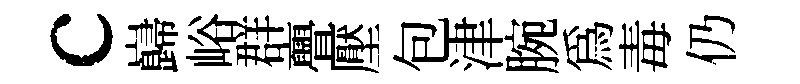
c巋峪群亹壓包津腕為毒仍